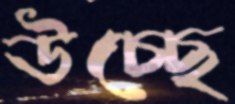
উচ্ছে